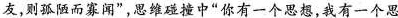
友，则孤陋而寡闻”，思维碰撞中”你有一个思想，我有一个思